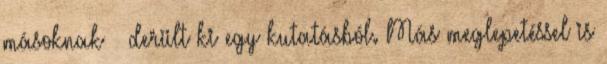
másoknak – derült ki egy kutatásból. Más meglepetéssel is